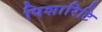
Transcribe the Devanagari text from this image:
पिशारिटि